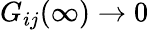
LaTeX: G_{ij}(\infty)\rightarrow 0